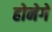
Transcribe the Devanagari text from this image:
होनेगे